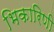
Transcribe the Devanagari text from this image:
भिकारिणी